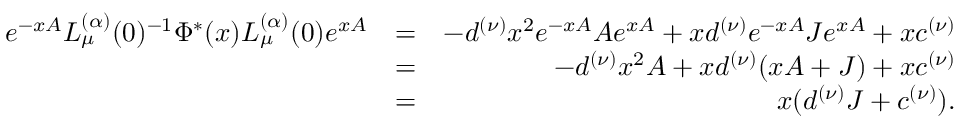
\begin{array} { r l r } { e ^ { - x A } L _ { \mu } ^ { ( \alpha ) } ( 0 ) ^ { - 1 } \Phi ^ { \ast } ( x ) L _ { \mu } ^ { ( \alpha ) } ( 0 ) e ^ { x A } } & { = } & { - d ^ { ( \nu ) } x ^ { 2 } e ^ { - x A } A e ^ { x A } + x d ^ { ( \nu ) } e ^ { - x A } J e ^ { x A } + x c ^ { ( \nu ) } } \\ & { = } & { - d ^ { ( \nu ) } x ^ { 2 } A + x d ^ { ( \nu ) } ( x A + J ) + x c ^ { ( \nu ) } } \\ & { = } & { x ( d ^ { ( \nu ) } J + c ^ { ( \nu ) } ) . } \end{array}